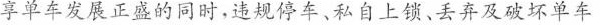
享单车发展正盛的同时，违规停车、私自上领，丢弃及破坏单车